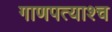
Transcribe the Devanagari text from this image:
गाणपत्याश्च